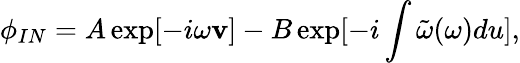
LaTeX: \phi_{IN}=A\exp[-i\omega\mathbf{v}]-B\exp[-i\int\tilde{{\omega}}(\omega)du],